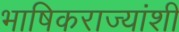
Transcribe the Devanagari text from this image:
भाषिकराज्यांशी